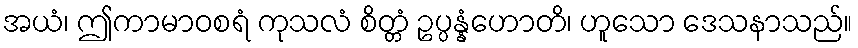
အယံ၊ ဤကာမာဝစရံ ကုသလံ စိတ္တံ ဥပ္ပန္နံဟောတိ၊ ဟူသော ဒေသနာသည်။